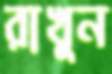
রাখুন